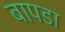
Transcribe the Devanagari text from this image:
बापडा